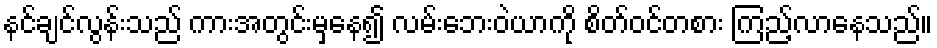
နင်ချင်လွန်းသည် ကားအတွင်းမှနေ၍ လမ်းဘေးဝဲယာကို စိတ်ဝင်တစား ကြည့်လာနေသည်။